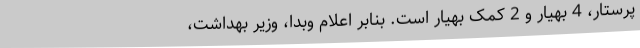
پرستار، 4 بهیار و 2 کمک بهیار است. بنابر اعلام وبدا، وزیر بهداشت،